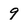
Character: 9